Vaccination in Bombay 1869-1873 - 1869-1873
Year: 1869
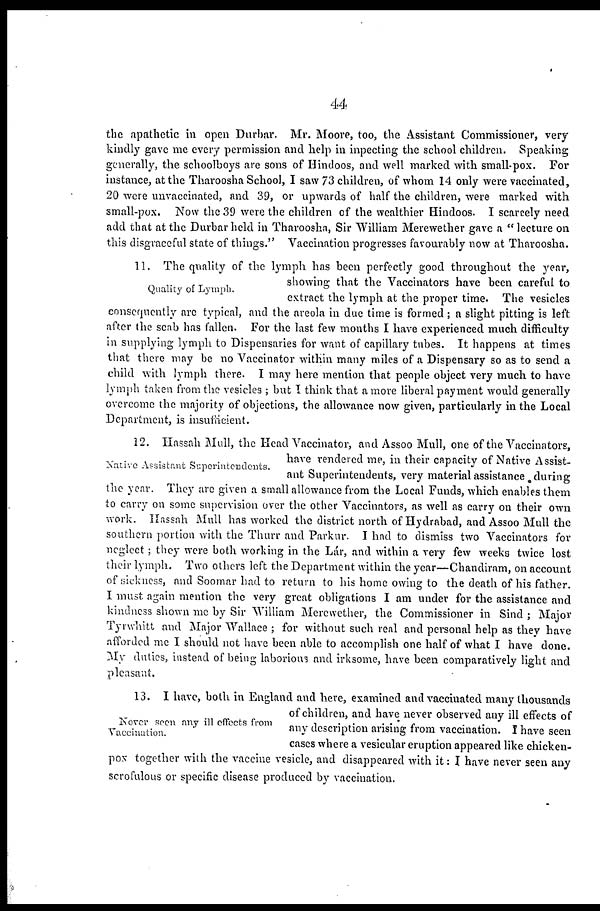
44
the apathetic in open Durbar. Mr. Moore, too, the Assistant Commissioner, very
kindly gave me every permission and help in inpecting the school children. Speaking
generally, the schoolboys are sons of Hindoos, and well marked with small-pox. For
instance, at the Tharoosha School, I saw 73 children, of whom 14 only were vaccinated,
20 were unvaccinated, and 39, or upwards of half the children, were marked with
small-pox. Now the 39 were the children of the wealthier Hindoos. I scarcely need
add that at the Durbar held in Tharoosha, Sir William Merewether gave a " lecture on
this disgraceful state of things." Vaccination progresses favourably now at Tharoosha.
Quality of Lymph.
11. The quality of the lymph has been perfectly good throughout the year,
showing that the Vaccinators have been careful to
extract the lymph at the proper time. The vesicles
consequently are typical, and the areola in due time is formed ; a slight pitting is left
after the scab has fallen. For the last few months I have experienced much difficulty
in supplying lymph to Dispensaries for want of capillary tubes. It happens at times
that there may be no Vaccinator within many miles of a Dispensary so as to send a
child with lymph there. I may here mention that people object very much to have
lymph taken from the vesicles ; but I think that a more liberal payment would generally
overcome the majority of objections, the allowance now given, particularly in the Local
Department, is insufficient.
Native Assistant Superintendents.
12. Hassah Mull, the Head Vaccinator, and Assoo Mull, one of the Vaccinators,
have rendered me, in their capacity of Native Assist-
ant Superintendents, very material assistance, during
the year. They arc given a small allowance from the Local Funds, which enables them
to carry on some supervision over the other Vaccinators, as well as carry on their own
work. Hassah Mull has worked the district north of Hydrabad, and Assoo Mull the
southern portion with the Thurr and Parkur. I had to dismiss two Vaccinators for
neglect; they were both working in the Lár, and within a very few weeks twice lost
their lymph. Two others left the Department within the year—Chandiram, on account
of sickness, and Soomar had to return to his home owing to the death of his father.
I must again mention the very great obligations I am under for the assistance and
kindness shown me by Sir William Merewether, the Commissioner in Sind ; Major
Tyrwhitt and Major Wallace ; for without such real and personal help as they have
afforded me I should not have been able to accomplish one half of what I have done.
My duties, instead of being laborious and irksome, have been comparatively light and
pleasant.
Nover Keen any ill effects from
Vaccination.
13. I have, both in England and here, examined and vaccinated many thousands
of children, and have never observed any ill effects of
any description arising from vaccination. I have seen
cases where a vesicular eruption appeared like chicken-
pox together with the vaccine vesicle, and disappeared with it: I have never seen any
scrofulous or specific disease produced by vaccination.